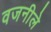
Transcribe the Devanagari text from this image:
वजनीले